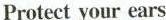
Protect your ears